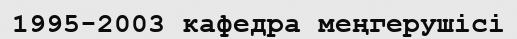
1995-2003 кафедра меңгерушісі